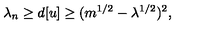
\lambda _ { n } \geq d [ u ] \geq ( m ^ { 1 / 2 } - \lambda ^ { 1 / 2 } ) ^ { 2 } ,